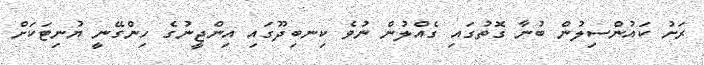
ރަށު ކައުންސިލުން ބުނާ ގޮތުގައި ގެއްލުން ނުވެ ކިނބިދޫގައި އިންޖީނުގެ ހިންގޭނީ ޔުނިޓަކަށް